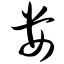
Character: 娄